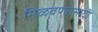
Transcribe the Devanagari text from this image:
मिळवण्यासाटी